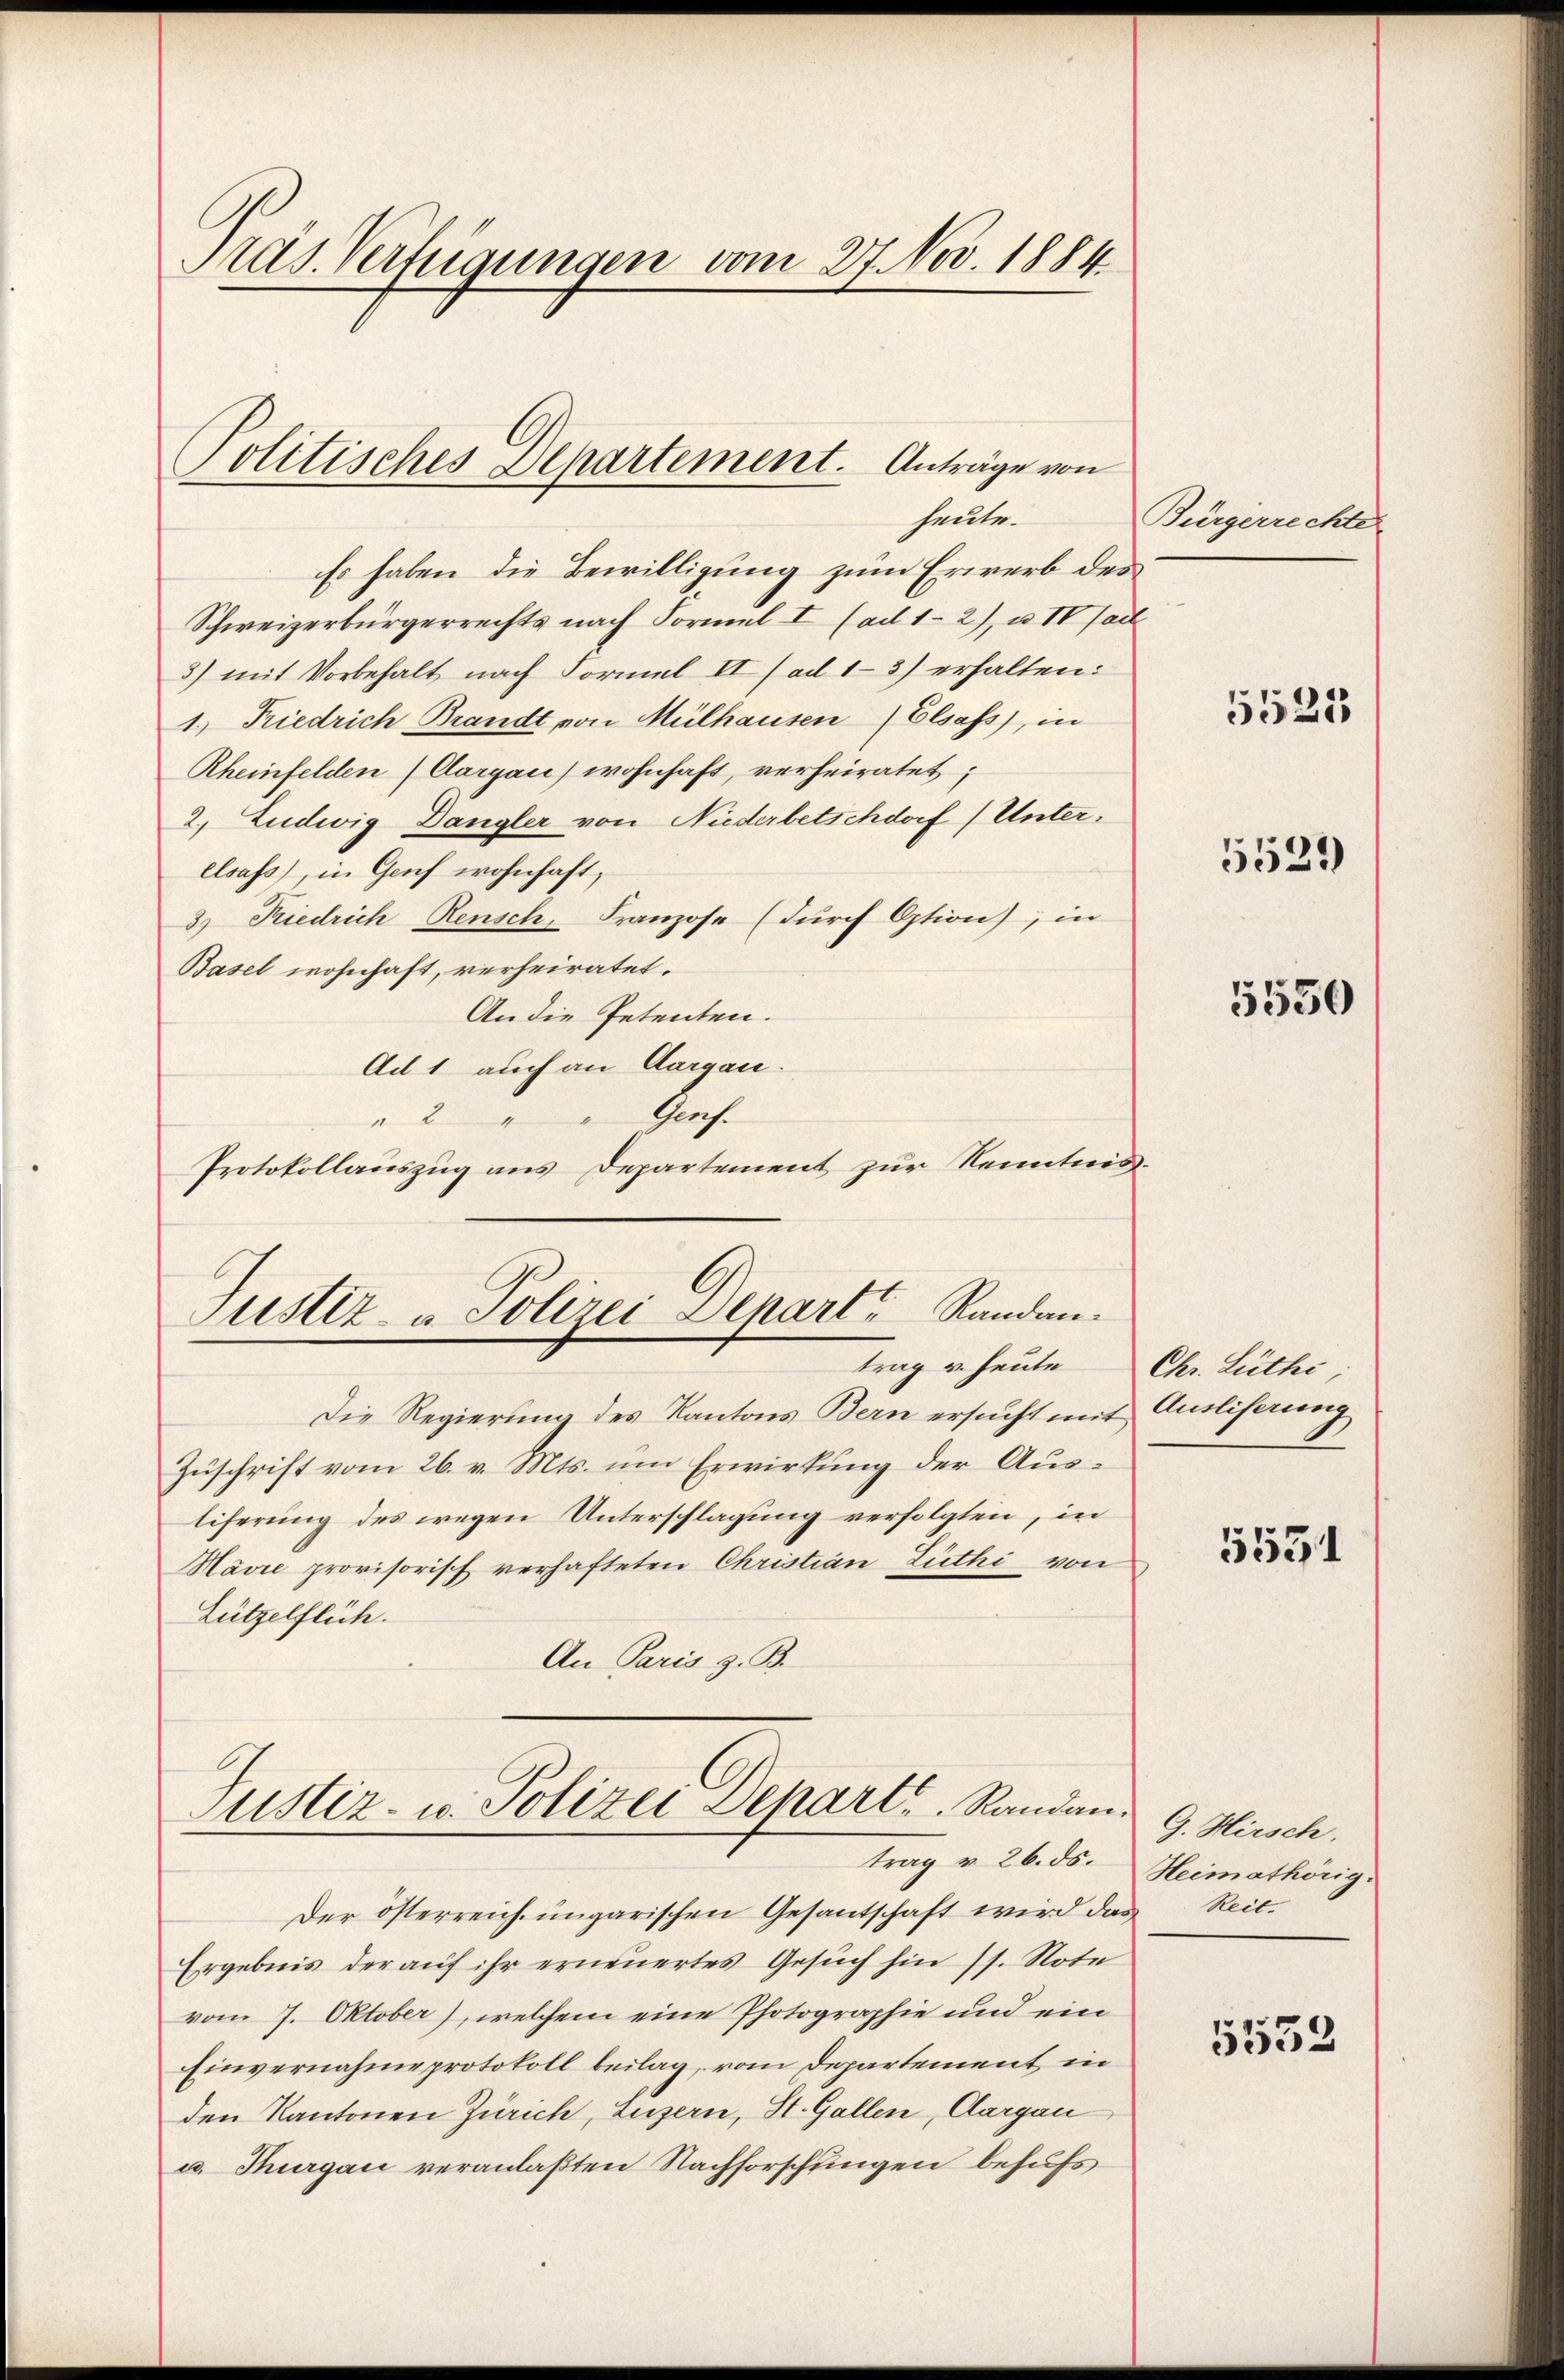
Aras. Verfügungen vom 27. Nov. 1884

Politisches Departement. Anträge von
heute.

Es haben die Bewilligung zum Erwerb des
Schweizerbürgerrechts nach Formel I (ad 1-2), u. IV Sait
3) mit Vorbehalt nach Formel II / ad 13) erhalten:
1.) Friedrich Brandt von Mülhausen Elsass, in
Rheinfelden (Aargau) wohnhaft, verheiratet;
2. Ludwig Dangler von Niederbetschdorf (Unterelsass, in Genf wohnhaft;
3) Friedrich Rensch, Franzose (durch Otion), in
Basel wohnhaft, verheiratet.
An die Petenten.
Ad 1 auch an Aargau.
Prof.
2
Protokollauszug aus Departement zur Kenntnis.

Justiz- & Polizei Depart Randantrag u. heute

Justiz- u. Polizei Depart Randantrag v. 26. ds.

Der österreich ungarischen Gesantschaft wird das Reit¬
Ergebnis der auf ihr erneuertes Gesuch hin (s. Note
vom 7. Oktober), welchem eine Photographie und ein
Einvernahme protokoll beilag, vom Departement in
den Kantonen Zürich, Luzern, St. Gallen, Aargau
u. Thurgau veranlaßten Nachforschungen behufs

Die Regierung des Kantons Bern ersucht mit Ausliferung
Zuschrift vom 26. v. Mts. um Erwirkung der Ausliferung des wegen Unterschlagung verfolgten, in
Havre provisorisch verhafteten Christian Lüthi von
Lützelflüh.
An Paris z. B.

Bürgerrechte

5521

5529)

5550

Chr. Lüthi

5531

G. Hirsch.
Heimathörig.

5552